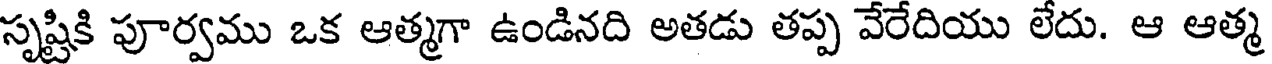
సృష్టికి పూర్వము ఒక ఆత్మగా ఉండినది అతడు తప్ప వేరేదియు లేదు. ఆ ఆత్మ